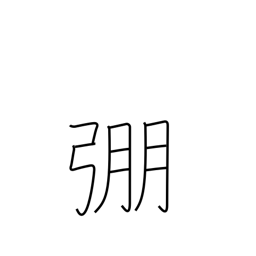
Meaning: strong bow